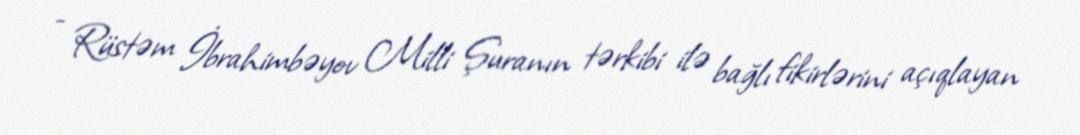
- Rüstəm İbrahimbəyov Milli Şuranın tərkibi ilə bağlı fikirlərini açıqlayan